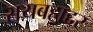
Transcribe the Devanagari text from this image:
रायबहाद्दर